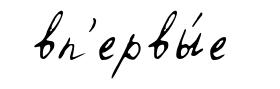
вп'ервы́е